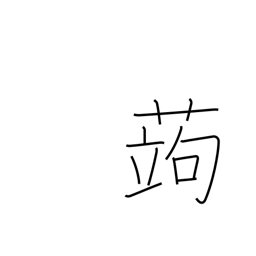
Meaning: devil's tongue (plant)